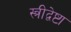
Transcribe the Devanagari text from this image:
स्त्रीद्वेष्टा